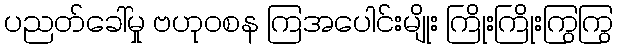
ပညတ်ခေါ်မှု ဗဟုဝစန ကြအပေါင်းမျိုး ကြိုးကြိုးကြွကြွ